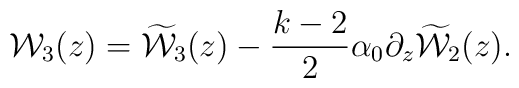
{{\cal W}_3(z)} = {\widetilde{\cal W}_3(z)} - \frac{k-2}{2} \alpha_0 \partial_z {\widetilde{\cal W}_2(z)}.